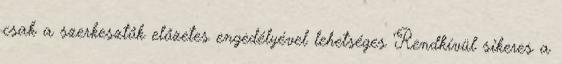
csak a szerkesztők előzetes engedélyével lehetséges Rendkívül sikeres a